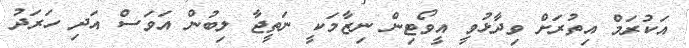
އަކުރަމް އިތުރަށް ވިދާޅުވީ އީވޯޓިން ނިޒާމަކީ ނަތީޖާ ލިބުން އަވަސް އަދި ހަރަދު